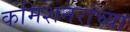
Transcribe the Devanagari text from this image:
कमिशनरांच्या